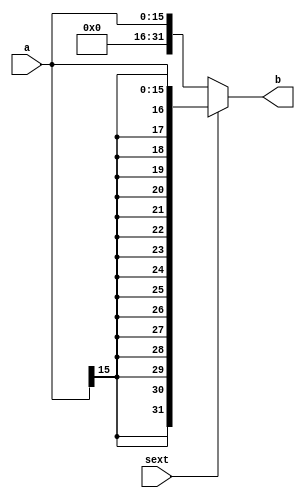
`timescale 1ns / 1ps
//////////////////////////////////////////////////////////////////////////////////
// Company: 
// Engineer: 
// 
// Design Name: 
// Module Name: Ext16
// Project Name: 
// Target Devices: 
// Tool Versions: 
// Description: 
// 
// Dependencies: 
// 
// Revision:
// Revision 0.01 - File Created
// Additional Comments:
// 
//////////////////////////////////////////////////////////////////////////////////


module Ext16#(parameter WIDTH = 16)
(
input [WIDTH - 1:0] a, 
input sext, //1 
output [31:0] b 
); 
assign b = sext ? {{(32 - WIDTH){a[WIDTH - 1]}},a} : {{(32 - WIDTH){1'b0}},a};
endmodule